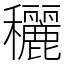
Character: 穲